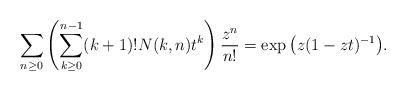
LaTeX: \begin{gather*}\sum_{n \ge 0}\left( \sum_{k \ge 0}^{n-1} (k+1)!N(k,n) t^{k} \right) {z^n \over n!}=\exp\big(z(1-zt)^{-1}\big).\end{gather*}